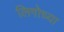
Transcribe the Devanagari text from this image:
लिगोच्या